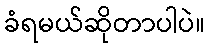
ခံရမယ်ဆိုတာပါပဲ။